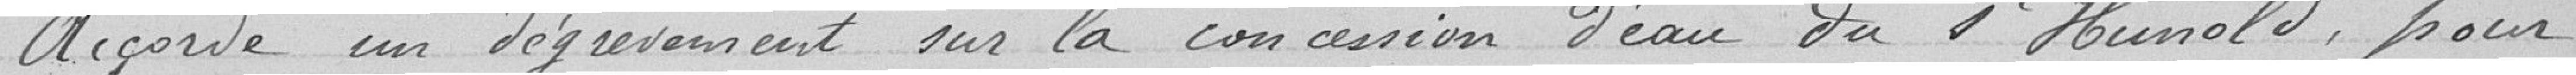
Accorde un dégrèvement sur la concession d'eau du sieur Hunold, pour